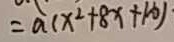
= a ( x ^ { 2 } + 8 x + 1 6 )